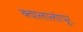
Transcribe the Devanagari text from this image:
क्वालालांपूर